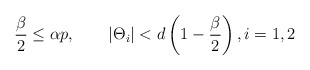
\begin{align*} &\frac{\beta}{2}\leq\alpha p,\qquad|\Theta_i|< d\left(1-\frac{\beta}{2}\right),i=1,2\end{align*}